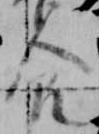
食